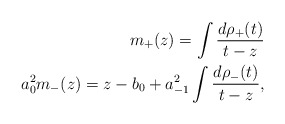
\begin{align*}m_+(z) = \int \frac{d\rho_+(t)}{t-z} \\a_0^2 m_-(z) = z-b_0 + a_{-1}^2 \int \frac{d\rho_-(t)}{t-z} ,\end{align*}